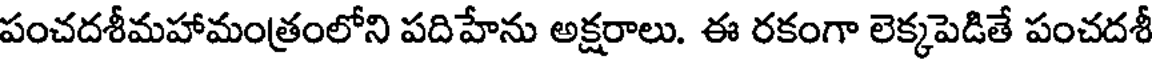
పంచదశీమహామంత్రంలోని పదిహేను అక్షరాలు. ఈ రకంగా లెక్కపెడితే పంచదశీ